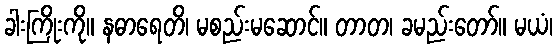
ခါးကြိုးကို။ နဓာရေတိ၊ မစည်းမဆောင်။ တာတ၊ ခမည်းတော်။ မယံ၊